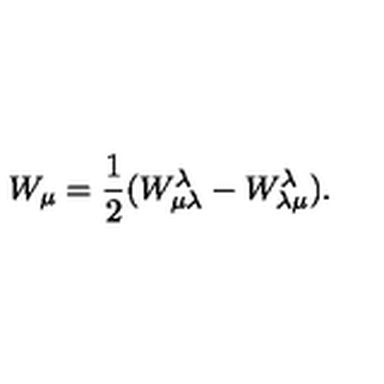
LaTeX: W _ { \mu } = \frac { 1 } { 2 } ( W _ { \mu \lambda } ^ { \lambda } - W _ { \lambda \mu } ^ { \lambda } ) .